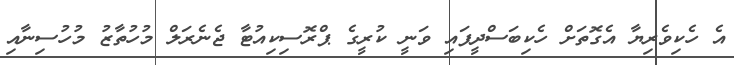
އެ ހެކިވެރިޔާ އެގޮތަށް ހެކިބަސްދީފައި ވަނީ ކުރީގެ ޕްރޮސިކިއުޓާ ޖެނެރަލް މުހުތާޒު މުހުސިނާއި